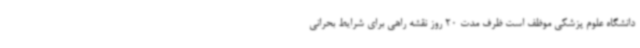
دانشگاه علوم پزشکی موظف است ظرف مدت 20 روز نقشه راهی برای شرایط بحرانی